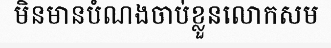
មិនមានបំណងចាប់ខ្លួនលោកសម